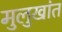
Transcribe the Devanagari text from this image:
मुलुखांत